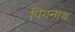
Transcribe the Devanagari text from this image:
पिंगनाथ